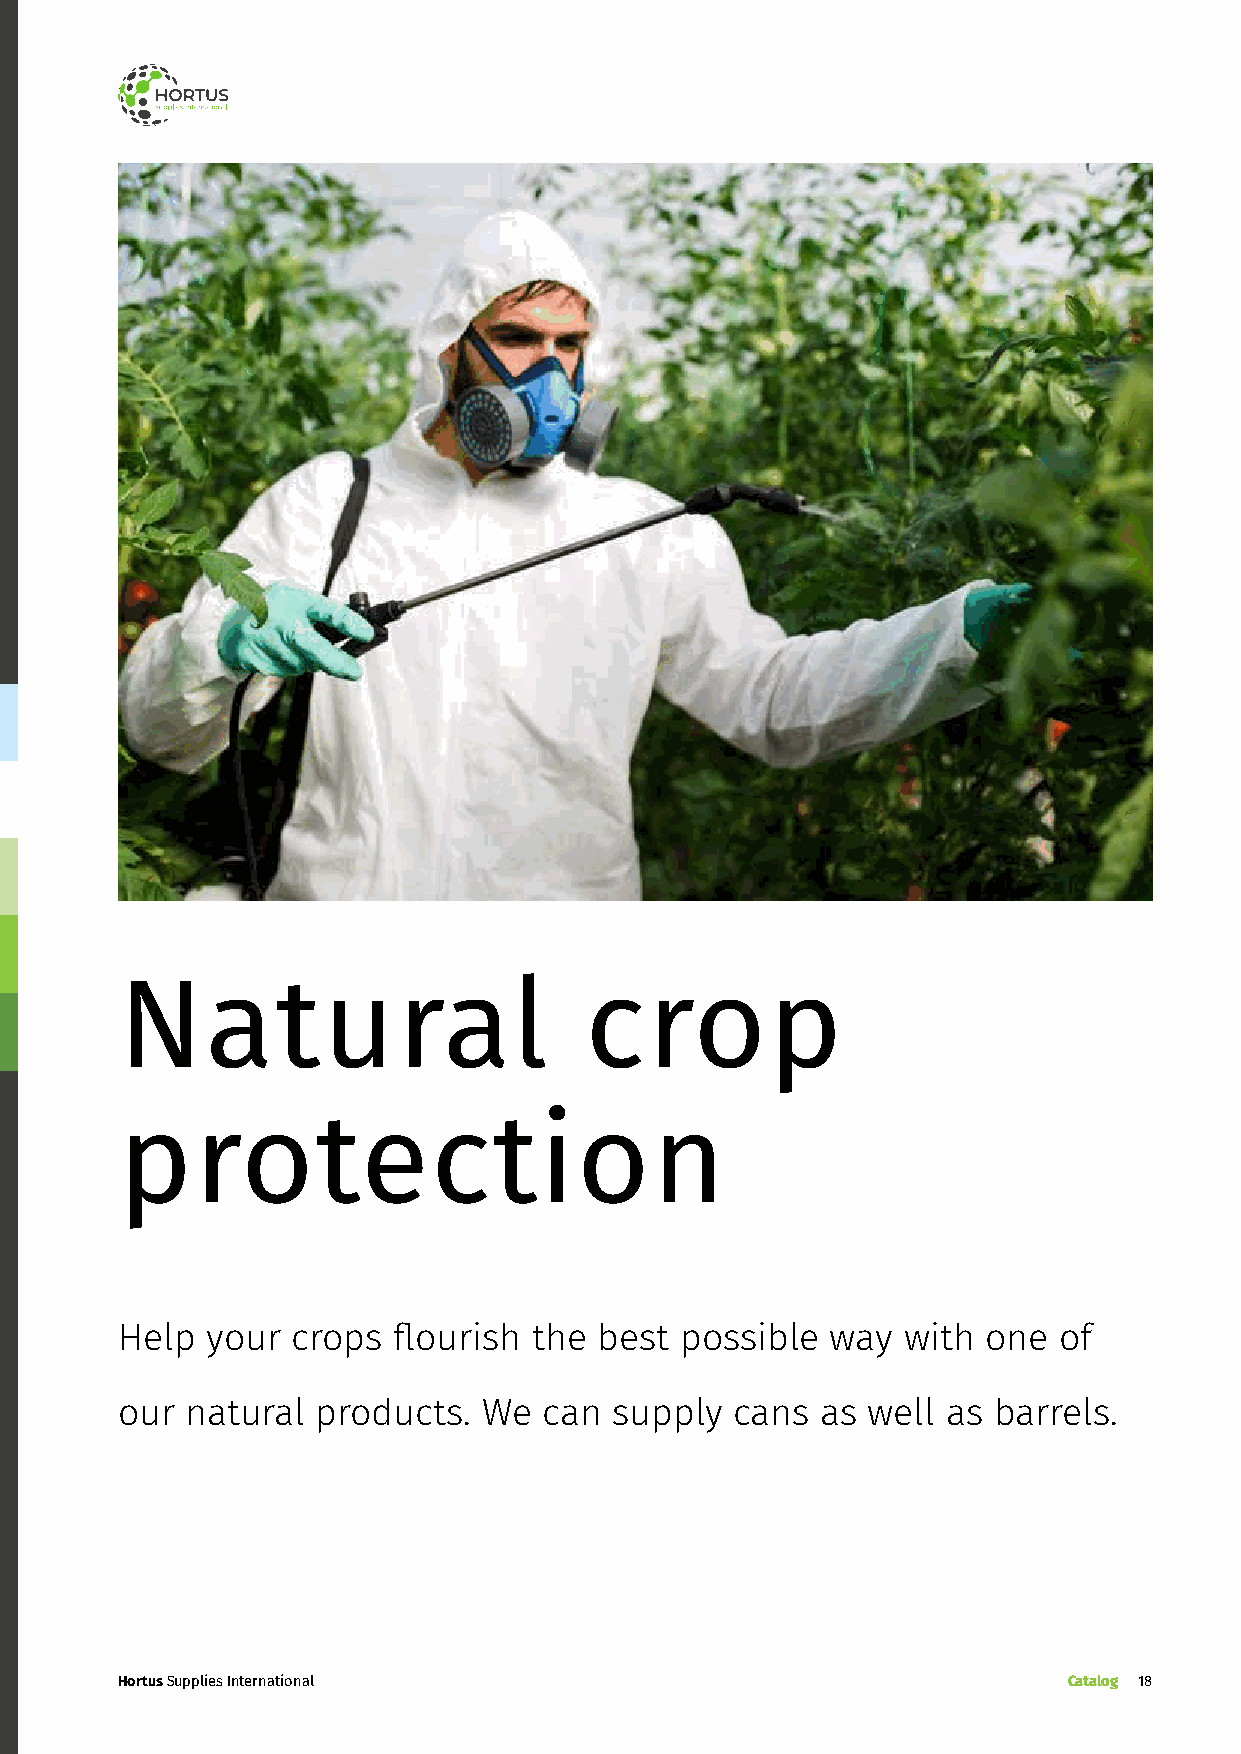
Natural                        crop
 protection
 Help  your crops  flourish the  best possible  way  with one  of
 our natural  products.  We  can supply   cans as well  as barrels.
 Hortus Supplies International                                  Catalog 18